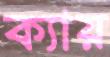
ক্যায়